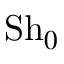
\mathrm { S h } _ { 0 }